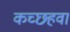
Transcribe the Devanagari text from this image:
कच्छहवा